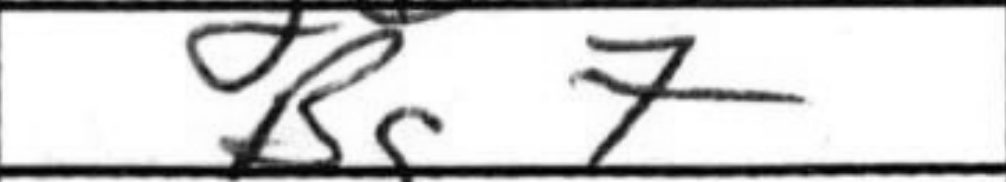
Transcription: Bg7